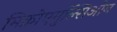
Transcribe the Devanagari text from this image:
मिक्रोएमुल्सिओन